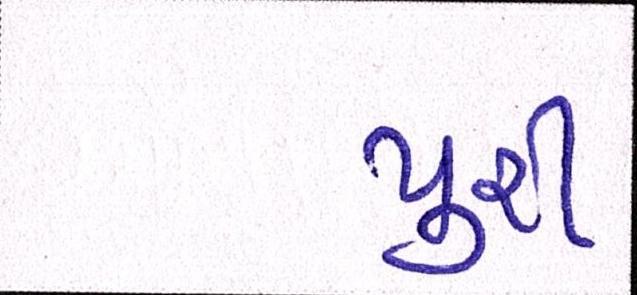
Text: પુરી